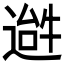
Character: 𬨹